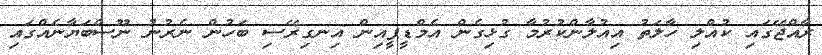
ރާއްޖޭގައި ކުއްލި ހާލަތު އިއުލާންކުރުމާ ގުޅިގެން އެމްޑީޕީއިން އިނގިރޭސި ބަހުން ނެރުނު ނޫސްބަޔާނެއްގައި